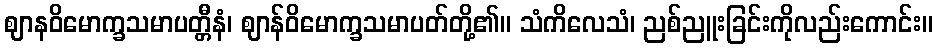
ဈာနဝိမောက္ခသမာပတ္တီနံ၊ ဈာန်ဝိမောက္ခသမာပတ်တို့၏။ သံကိလေသံ၊ ညစ်ညူးခြင်းကိုလည်းကောင်း။